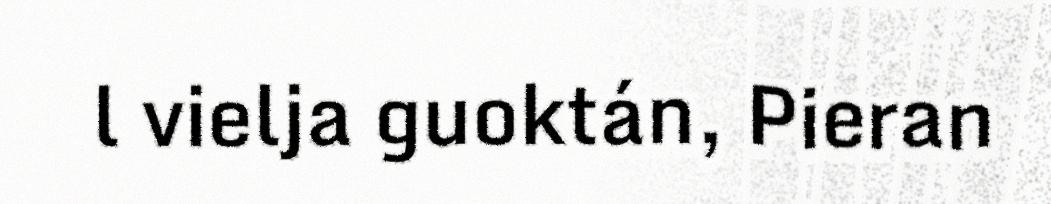
l vielja guoktán, Pieran